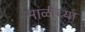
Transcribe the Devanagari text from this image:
माळीच्या